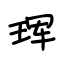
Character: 珲